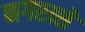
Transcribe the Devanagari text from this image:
नगरत्से